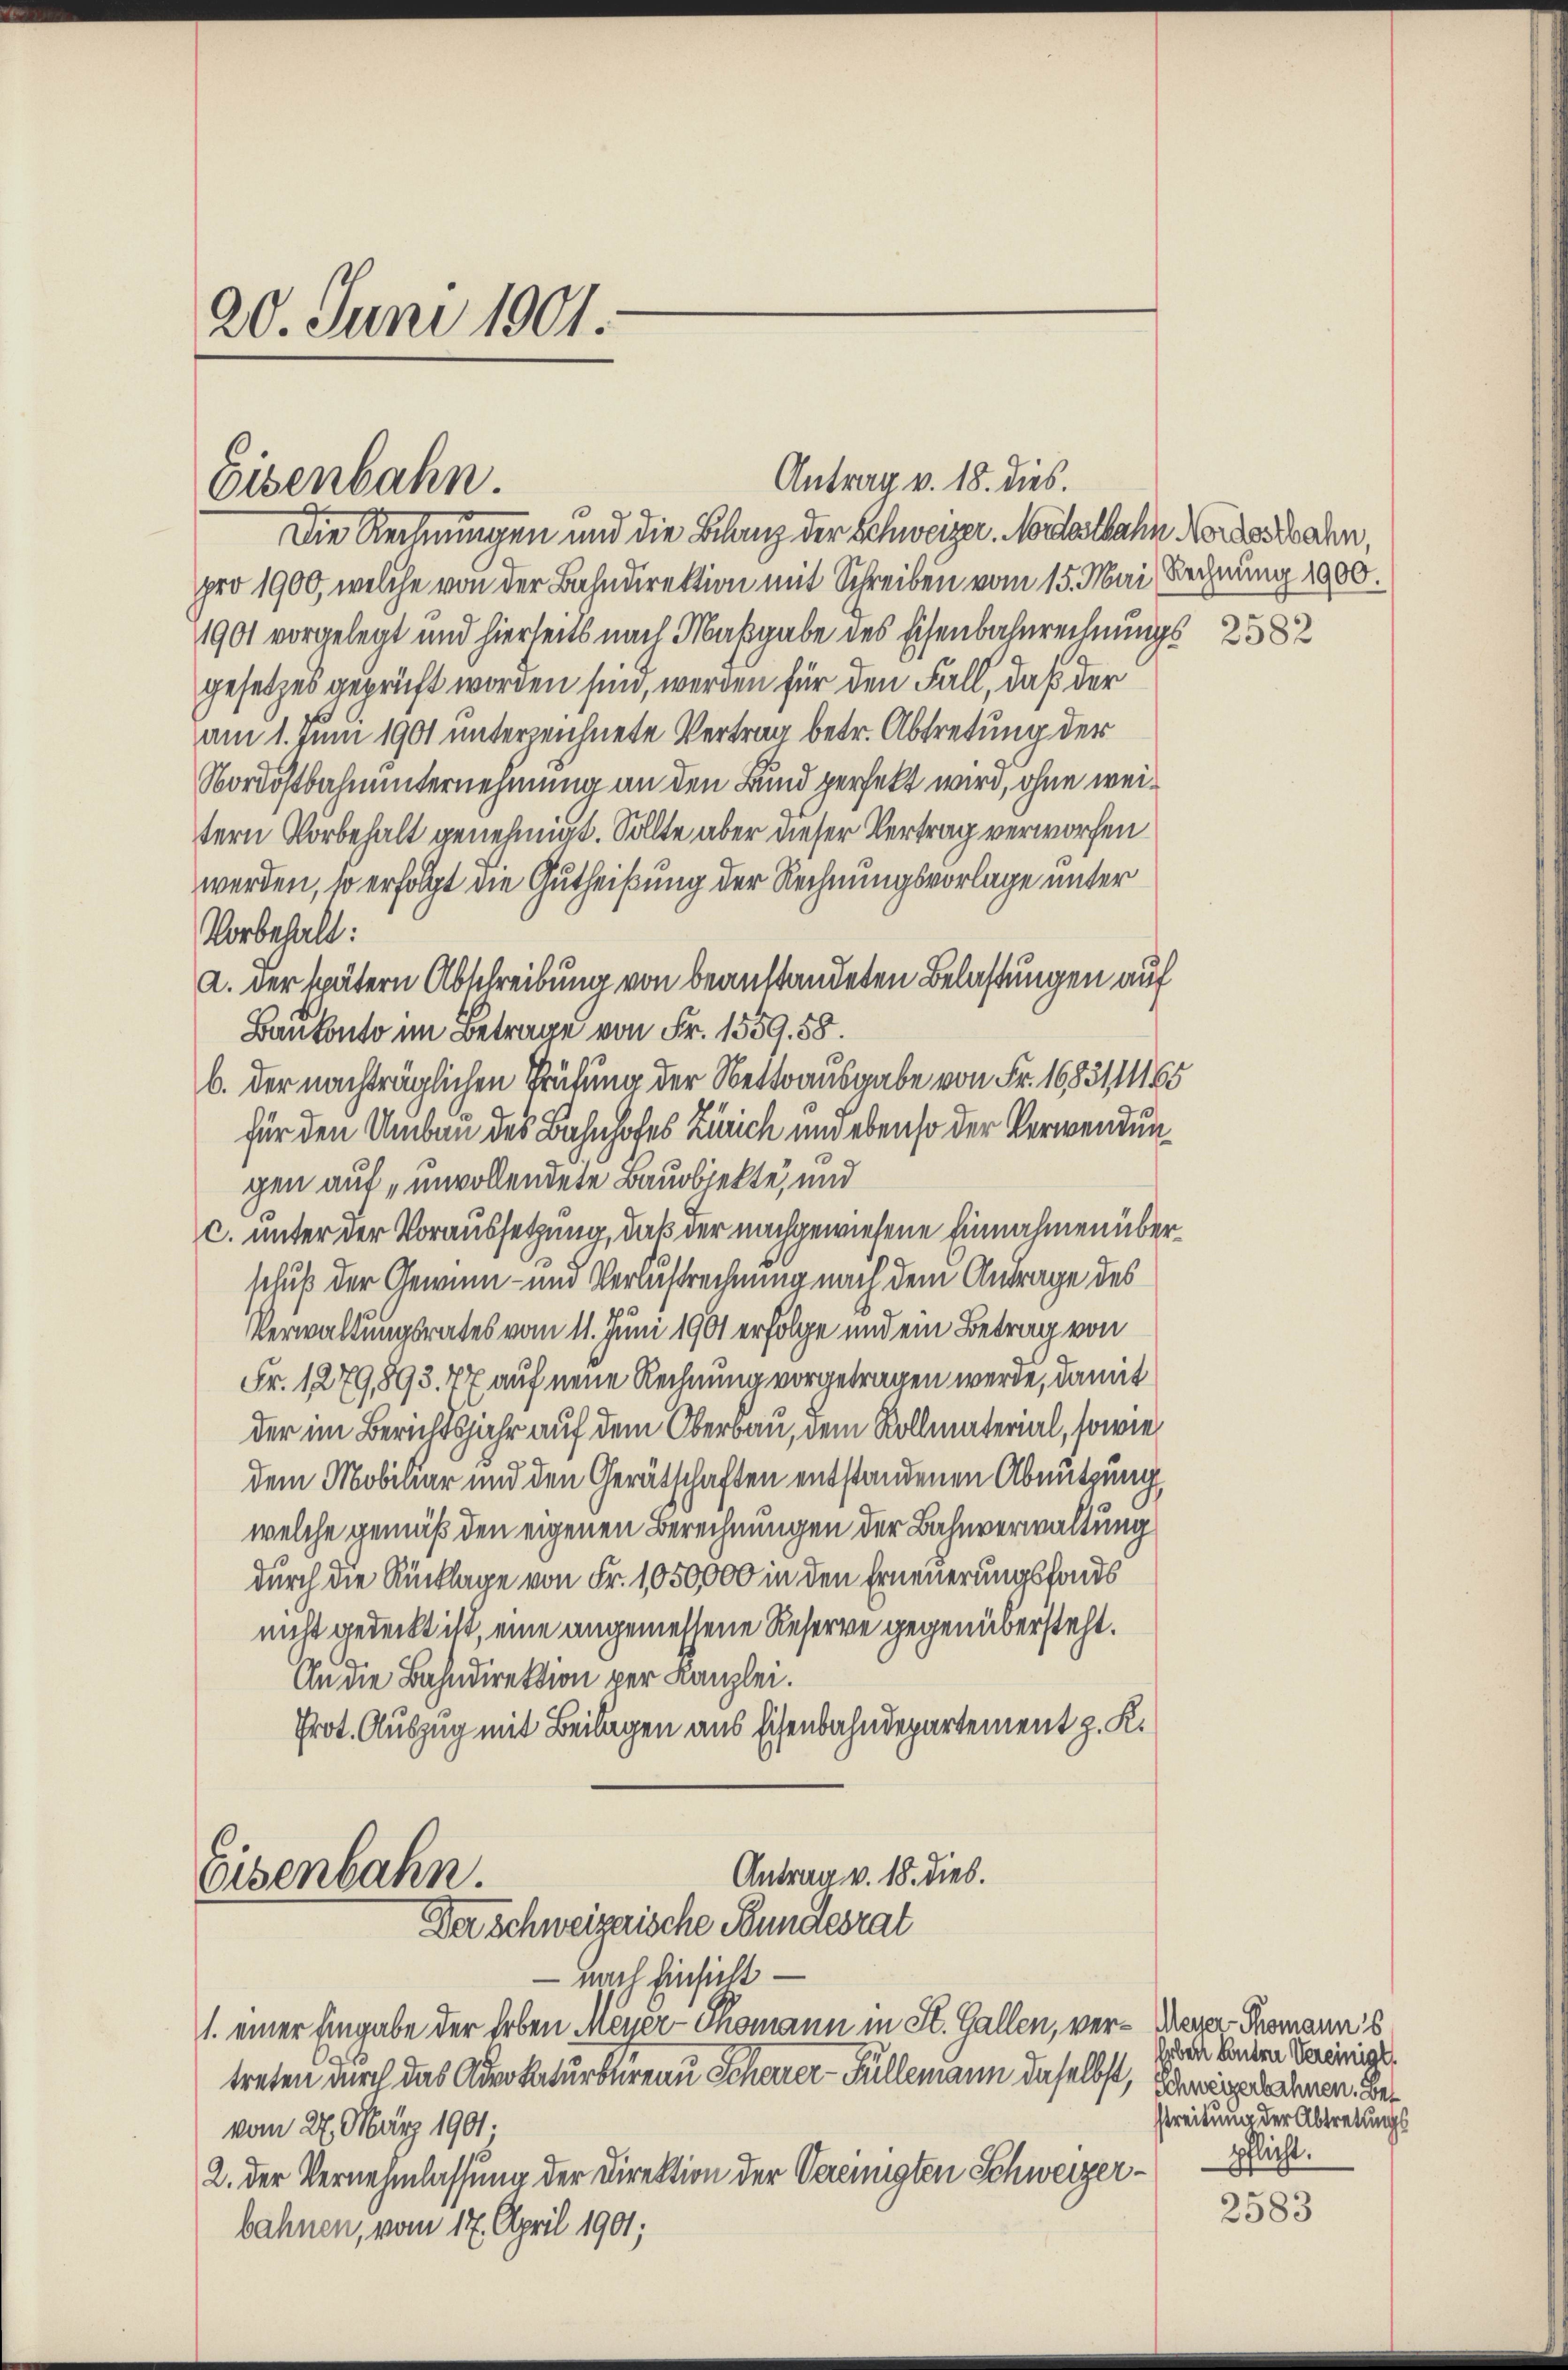
20. Juni 1901.

Eisenbahn.

Die Rechnungen und die Bilanz der Schweizer. Moralbahn Nordesdrohen,
pro 1900, welche von der Bahndirektion mit Schreiben vom 15. Mai Rechnung 1900.
1901 vorgelegt und hierseits nach Maßgabe des Eisenbahnrechnungs 2382
gesetzes geprüft worden sind, werden für den Fall, daß der
am 1. Juni 1901 unterzeichnete Vertrag betr. Abtretung der
Nordostbahnunternehmung an den Bund perfekt wird, ohne weitern Vorbehalt genehmigt. Sollte aber dieser Vertrag verworfen
werden, so erfolgt die Gutheißung der Rechnungsvorlage unter
Vorbehalt:
a. der spätern Abschreibung von beanstandeten Belastungen auf
Baukonto im Betrage von Fr. 1559. 58.
b. der nachträglichen Prüfung der Nettoausgabe von Fr. 1683/1165
für den Umbau des Bahnhofes Zürich und ebenso der Verwendungen auf unvollendete Bauobjekte, und
c. unter der Voraussetzung, daß der nachgewiesene Einnahmen überschuß der Gewinn- und Verlustrechnung nach dem Antrage des
Verwaltungsrates vom 11. Juni 1901 erfolge und ein Betrag von
Fr. 1279,893. 77 auf neue Rechnung vorgetragen werde, damit
der im Berichtsjahr auf dem Oberbau, dem Kollmaterial, sowie
dem Mobiliar und den Gerätschaften entstandenen Abnutzung
welche gemäß den eigenen Berechnungen der Bahnverwaltung
durch die Rücklage von Fr. 1050,000 in den Erneuerungsfonds
nicht gedeckt ist, eine angemessene Reserve gegenübersteht.
An die Bahndirektion per Kanzlei.
Prot. Auszug mit Beilagen aus Eisenbahndepartement z. K.
Antrag v. 18. dies
Eisenbahn.

Der Schweizerische Bundesrat

Antrag v. 18. dies.

nach Einsicht
1. einer Eingabe der Erben Meyer-Thomann in St. Gallen, ver-Meger Thomann's
treten durch das Advokaturbureau Scharer-Füllemann daselbst, schweigenehmen. Bevom 27. März 1901.
2. Der Vernehmlassung der Direktion der Vereinigten Schweizerbahnen, vom 17. April 1901;

Erben Benten Vereinigt.
streitung der Abtretungs
pflicht.

2583